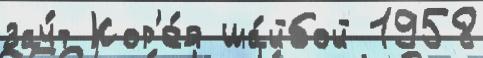
зач́т Кор'е́я ша́йбой 1958